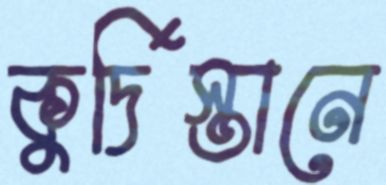
কুর্দিস্তানে